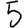
Digit: 5